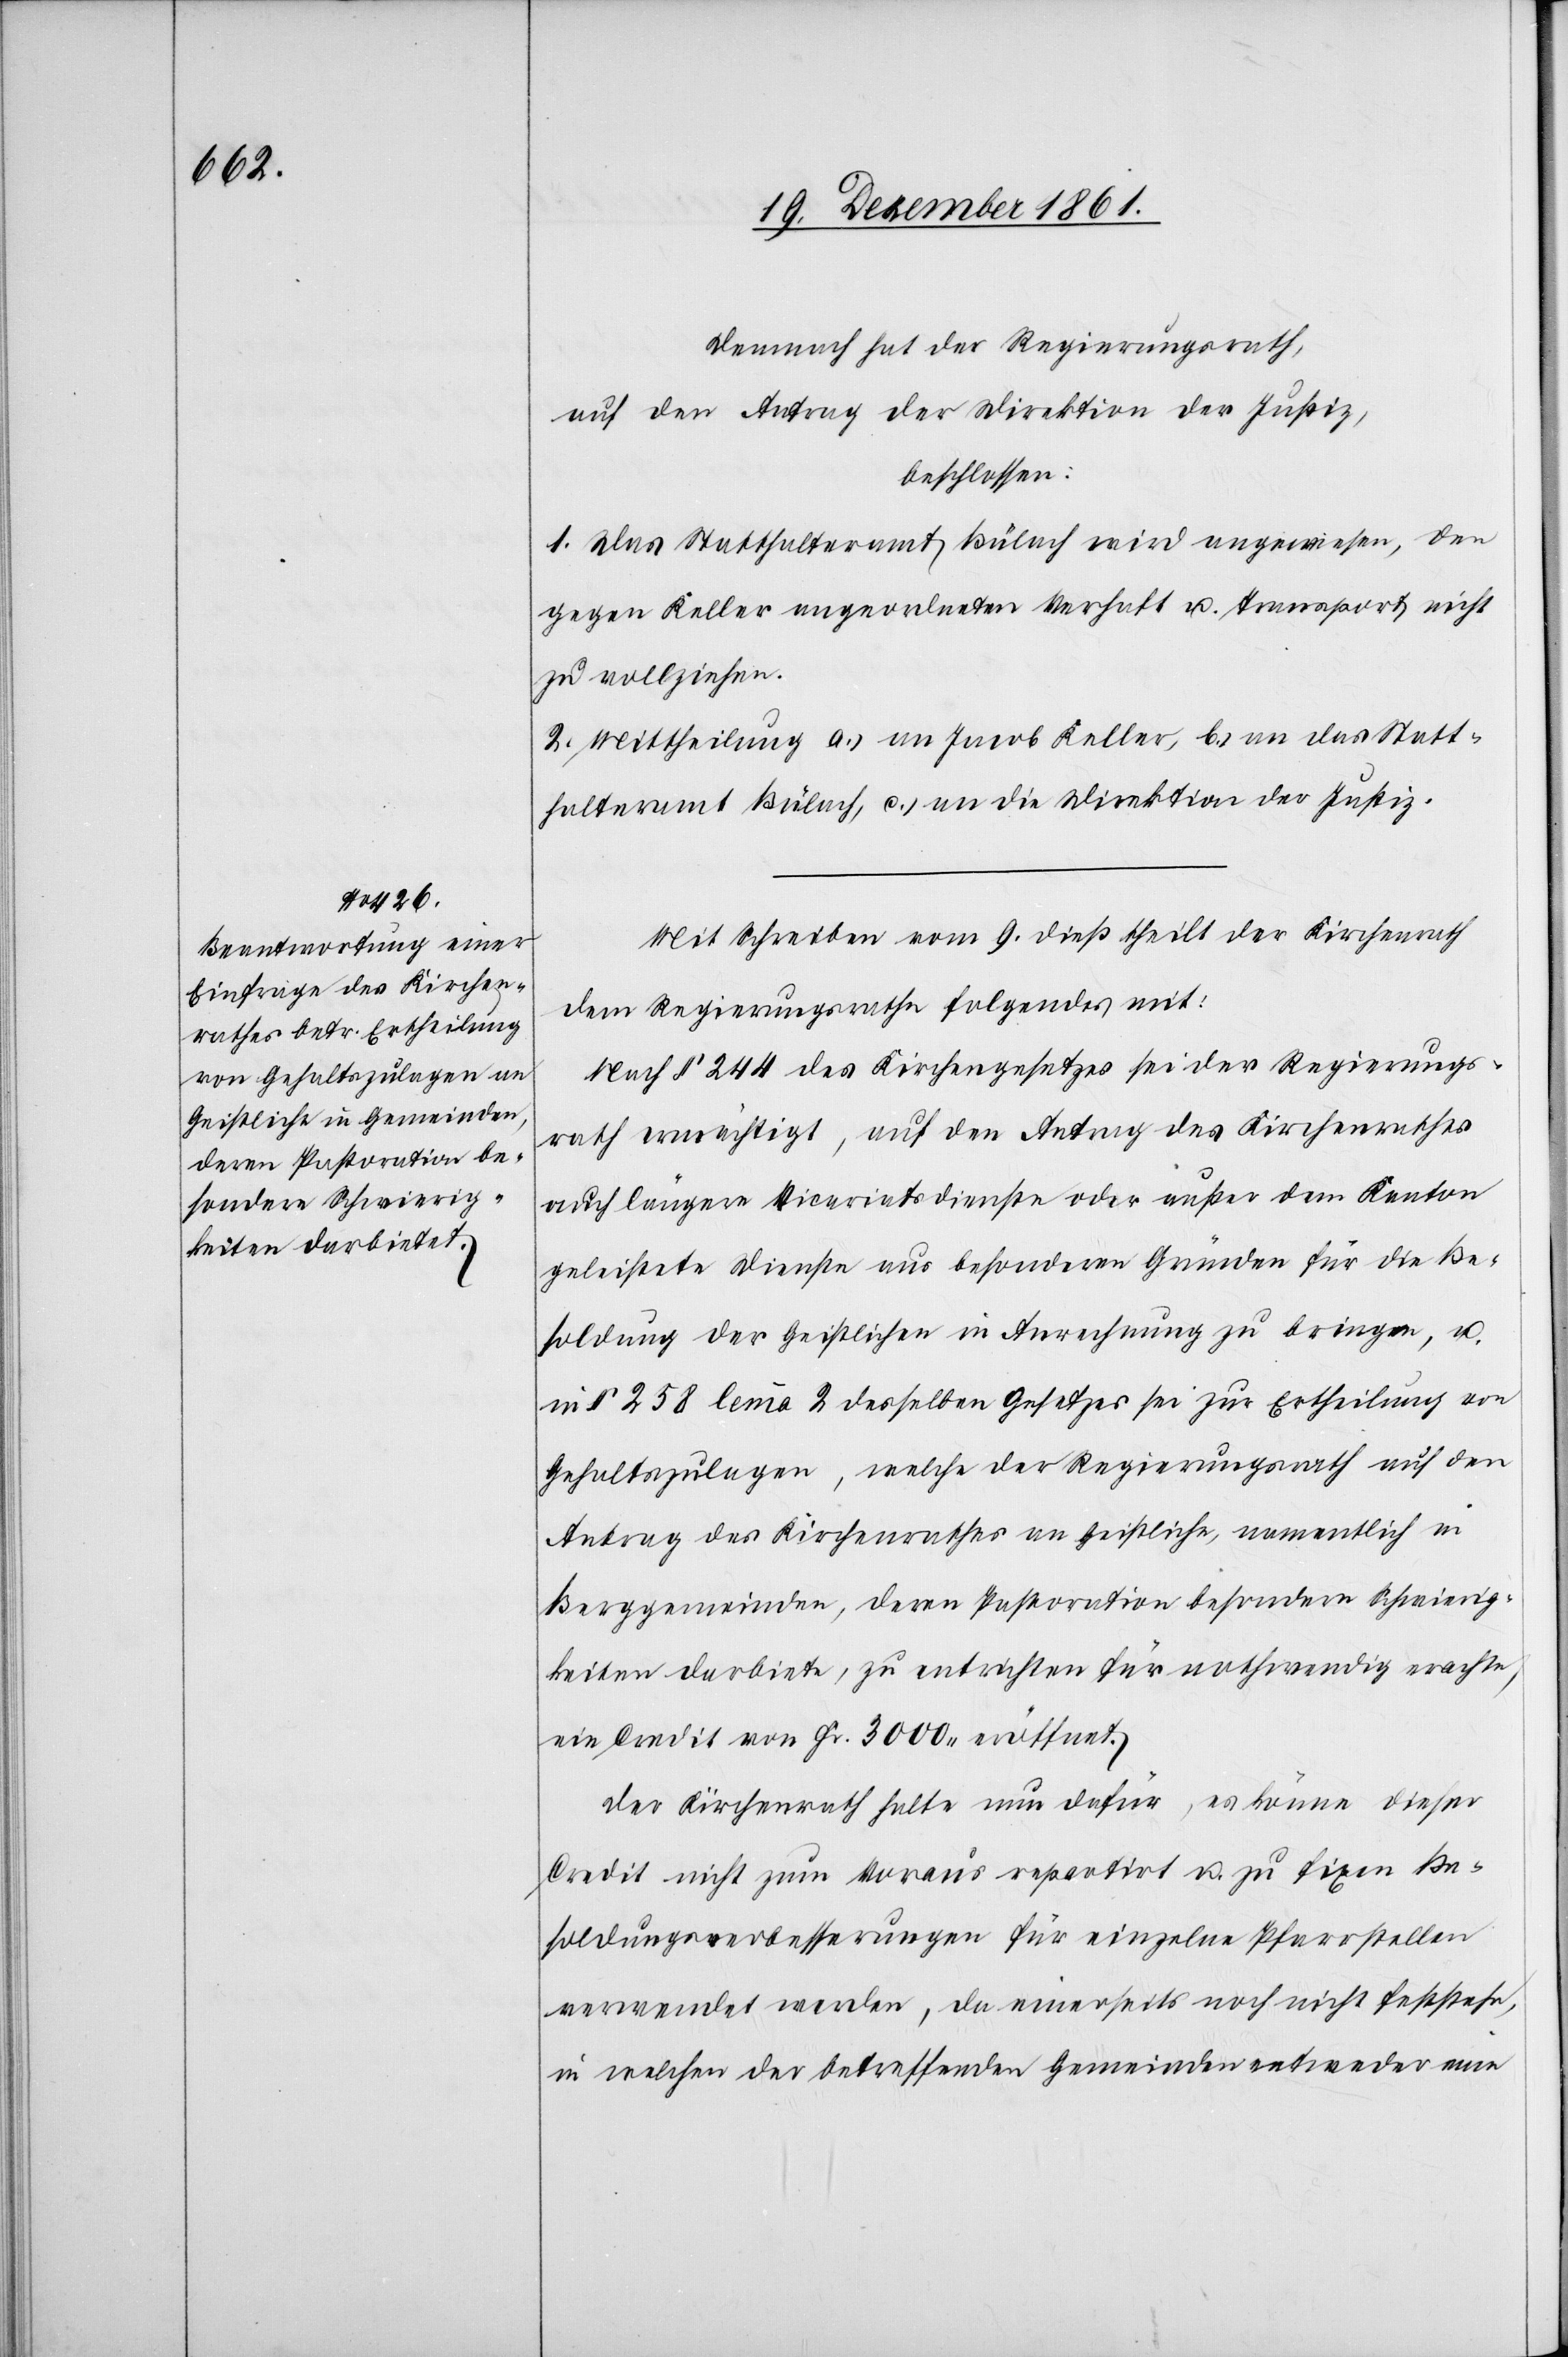
Demnach hat der Regierungsrath,
auf den Antrag der Direktion der Justiz,
beschlossen:
1. Das Statthalteramt Bülach wird angewiesen, den
gegen Keller angeordneten Verhaft u. Transport nicht
zu vollziehen.
2. Mittheilung a.) an Jacob Keller, b.) an das Statt¬
halteramt Bülach, c.) an die Direktion der Justiz.
Mit Schreiben vom 9 dieß theilt der Kirchenrath
dem Regierungsrathe folgendes mit:
Nach § 244 des Kirchengesetzes sei der Regierungs¬
rath ermächtigt, auf den Antrag des Kirchenrathes
auch längere Vicariatsdienste oder außer dem Kanton
geleistete Dienste aus besondern Gründen für die Be¬
soldung der Geistlichen in Anrechnung zu bringen, u.
in § 258 lemma 2 desselben Gesetzes sei zur Ertheilung von
Gehaltszulagen, welche der Regierungsrath auf den
Antrag des Kirchenrathes an Geistliche, namentlich in
Berggemeinden, deren Pastoration besondere Schwierig¬
keiten darbiete, zu entrichten für nothwendig erachte,
ein Credit von Fr. 3000 eröffnet.
Der Kirchenrath halte nun dafür, es könne dieser
Credit nicht zum Voraus repartirt u. zu fixen Be¬
soldungsverbesserungen für einzelne Pfarrstellen
verwendet werden, da innerhalb noch nicht feststehe,
in welchen der betreffenden Gemeinden entweder eine